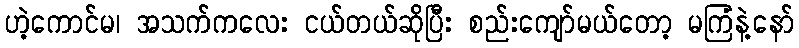
ဟဲ့ကောင်မ၊ အသက်ကလေး ငယ်တယ်ဆိုပြီး စည်းကျော်မယ်တော့ မကြံနဲ့နော်